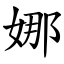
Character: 娜